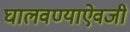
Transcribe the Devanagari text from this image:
घालवण्याऐवजी